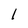
Character: l